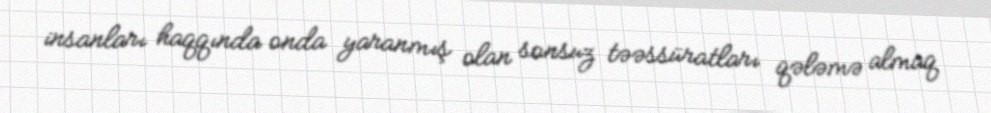
insanları haqqında onda yaranmış olan sonsuz təəssüratları qələmə almaq